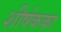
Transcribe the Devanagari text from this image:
शीर्षकका